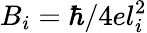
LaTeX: B_{i}=\hbar/4el_{i}^{2}